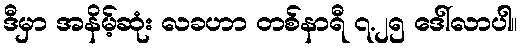
ဒီမှာ အနိမ့်ဆုံး လခဟာ တစ်နာရီ ၇.၂၅ ဒေါ်လာပါ။